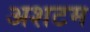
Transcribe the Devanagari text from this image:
अशटम